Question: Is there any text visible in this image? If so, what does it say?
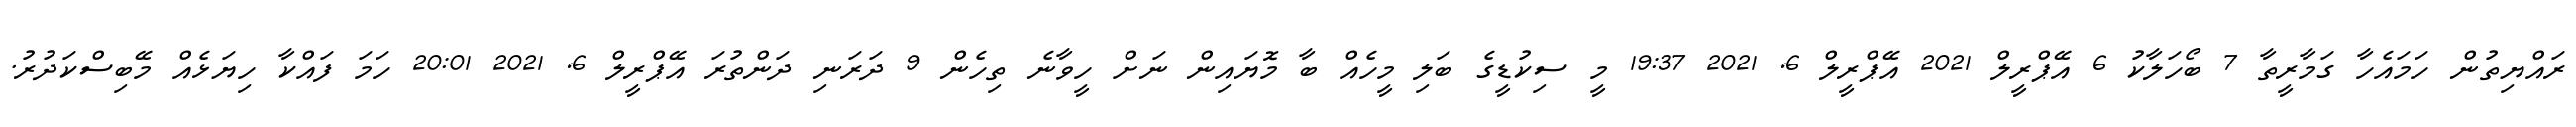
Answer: ރައްޔިތުން ހަމައެހާ ގަމާރީތާ 7 ބޯހަލާކު 6 އޭޕްރީލް 2021 އޭޕްރީލް 6, 2021 19:37 މީ ސިކުޑީގެ ބަލި މީހެއް ބާ މޮޔައިން ނަށް ހީވާނެ ތިހެން 9 ދަރަނި ދަންތުރަ އޭޕްރީލް 6, 2021 20:01 ހަމަ ފައްކާ ހިޔަޅެއް މޭބިސްކަދުރު.